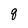
Character: 8